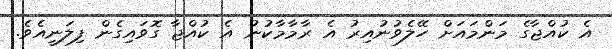
އެ ކުއްޖާގެ މަންމައަށް ހޭލެވުނުއިރު އެ ރާމާމާކުނު އެ ކުއްޖާ ގޮވައިގެން ފިލަނީއެވެ.